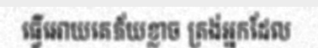
ធ្វើអោយគេភ័យខ្លាច ត្រង់អ្នកដែល